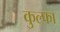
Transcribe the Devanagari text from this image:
कुल्‍फा